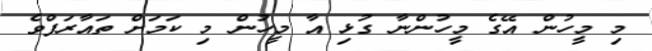
މި މީހުން އޭގެ މީހުންނާ ގުޅި އާ މީހުން މި ކަމަށް ތައާރަފްވެ